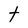
Character: t